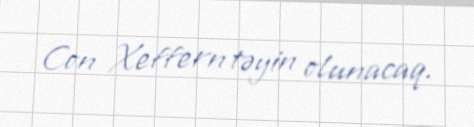
Con Xeffern təyin olunacaq.